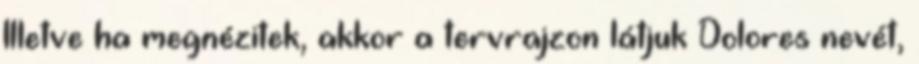
Illetve ha megnézitek, akkor a tervrajzon látjuk Dolores nevét,